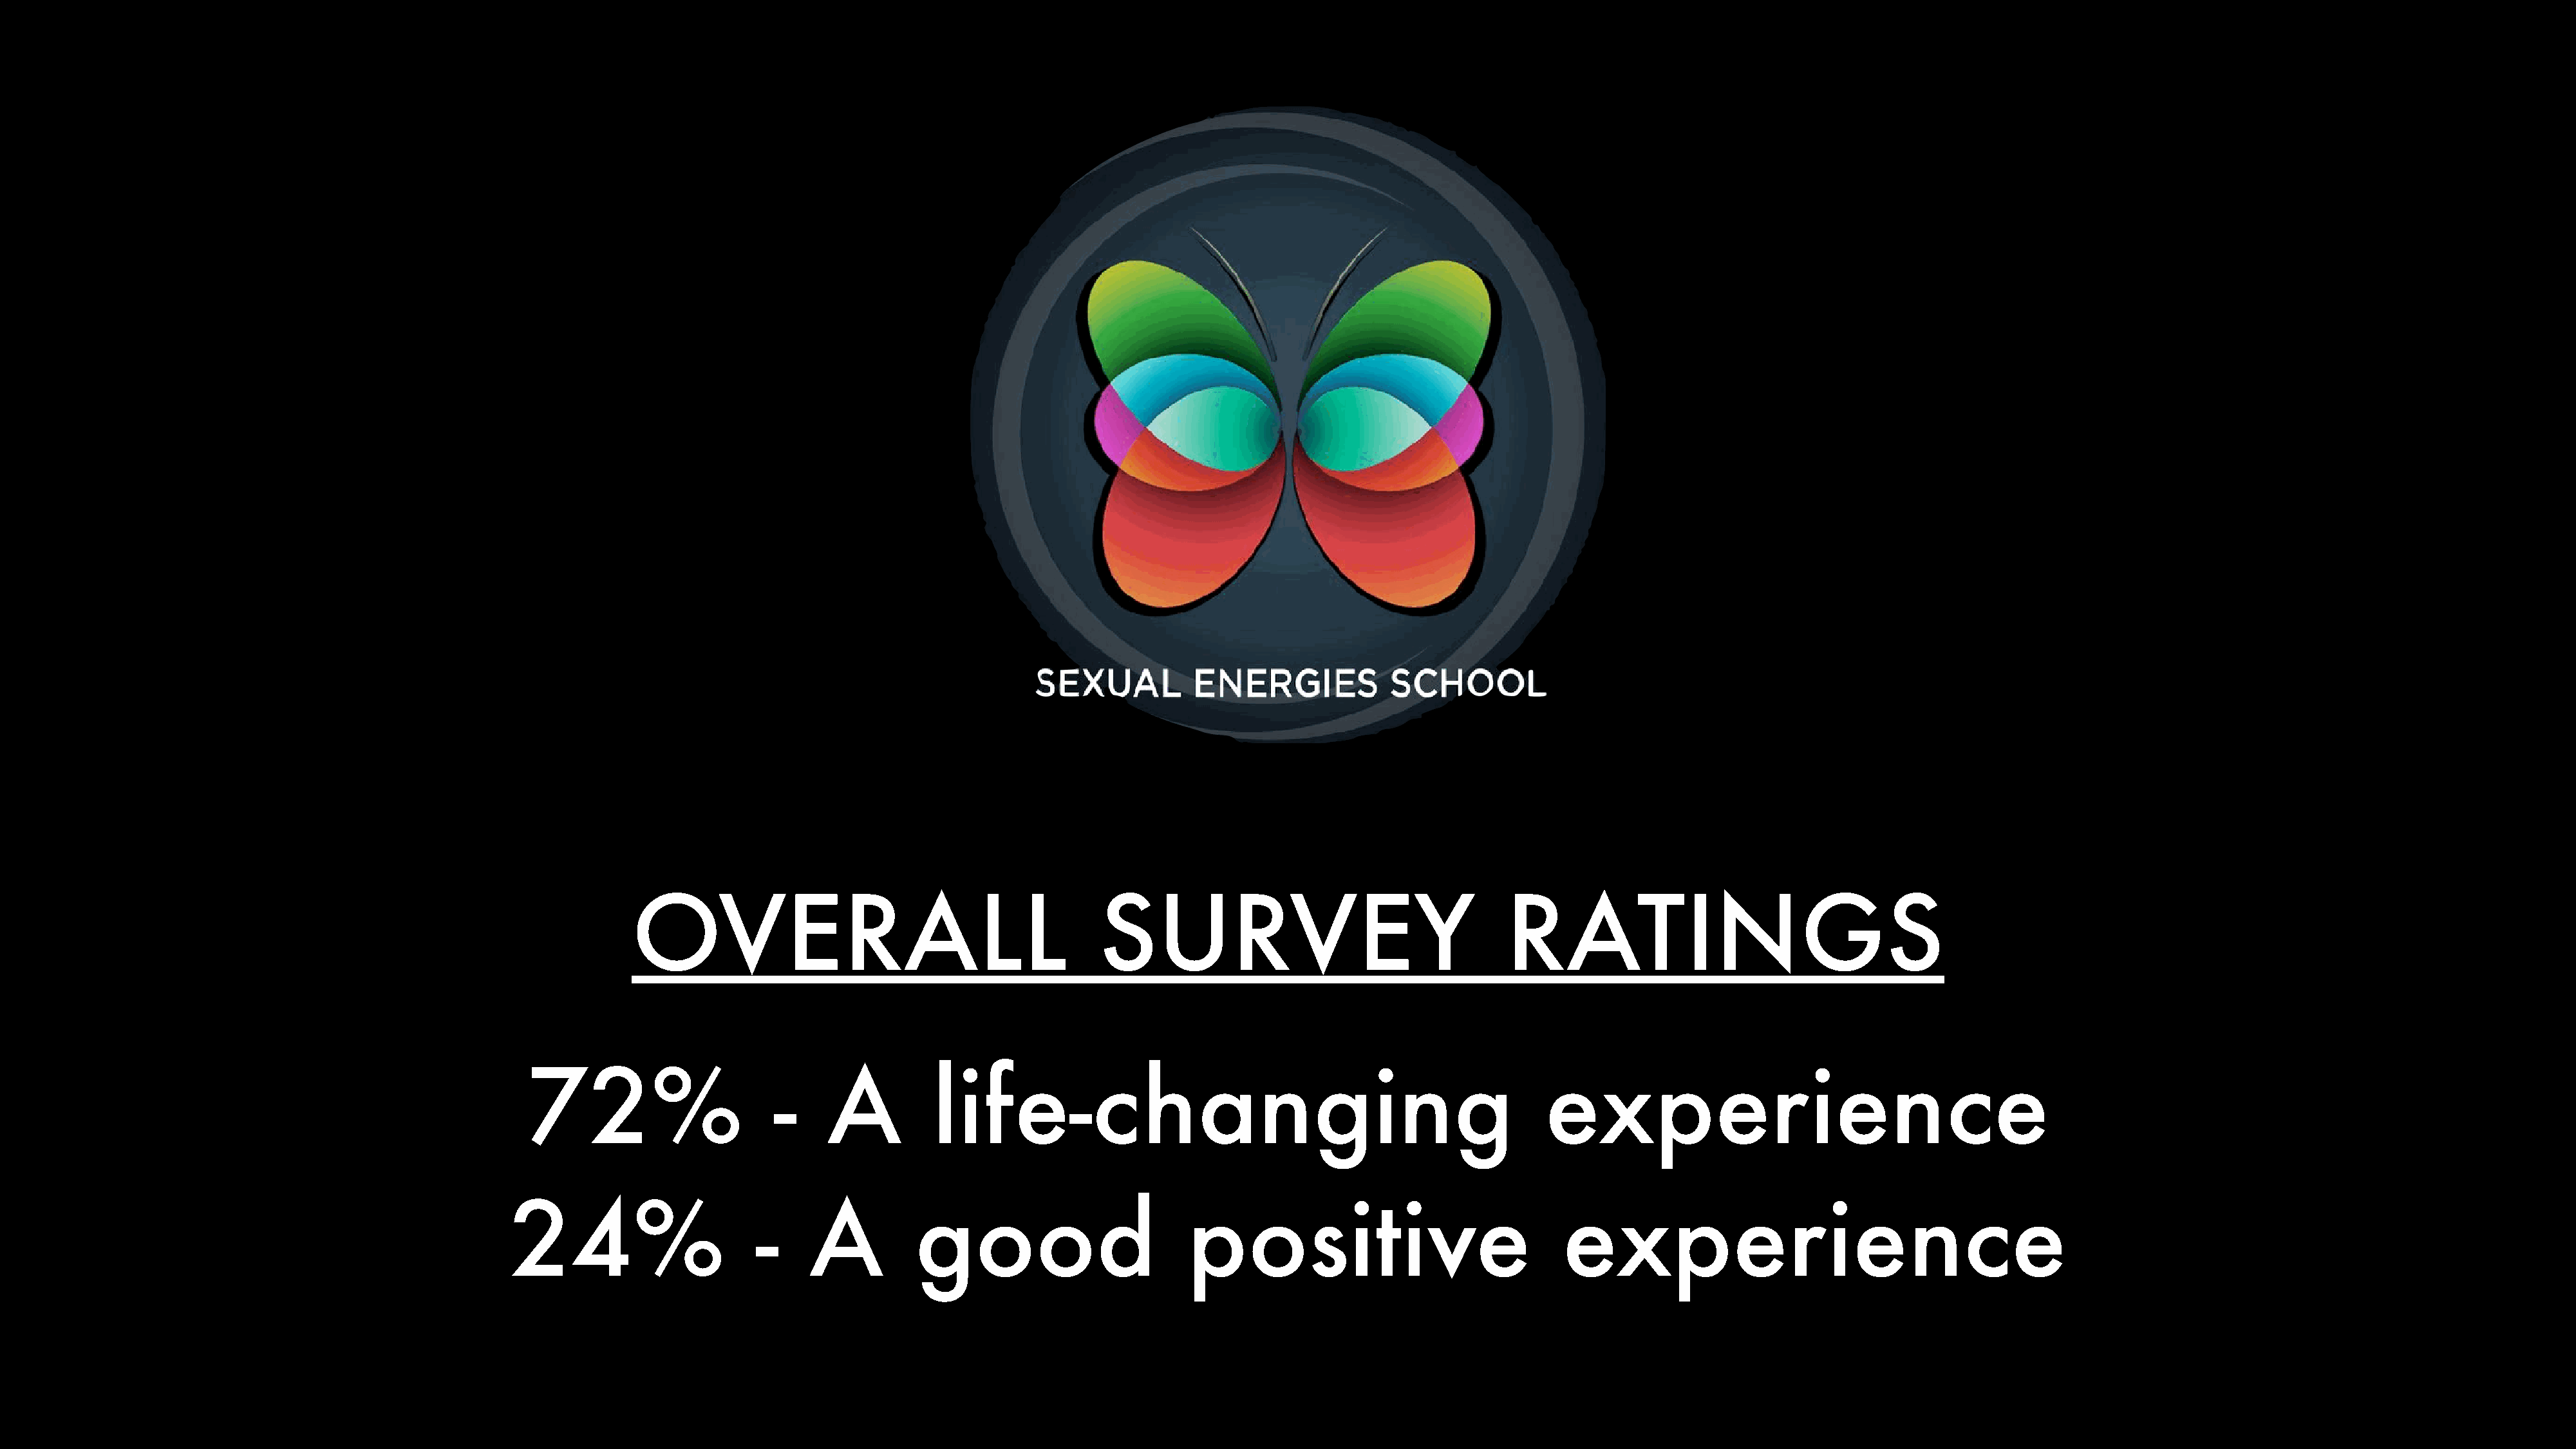
OVERALL                                         SURVEY                                    RATINGS
 72%                       -    A          life-changing                                                  experience
 24%                       -    A          good                        positive                               experience